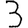
Digit: 3